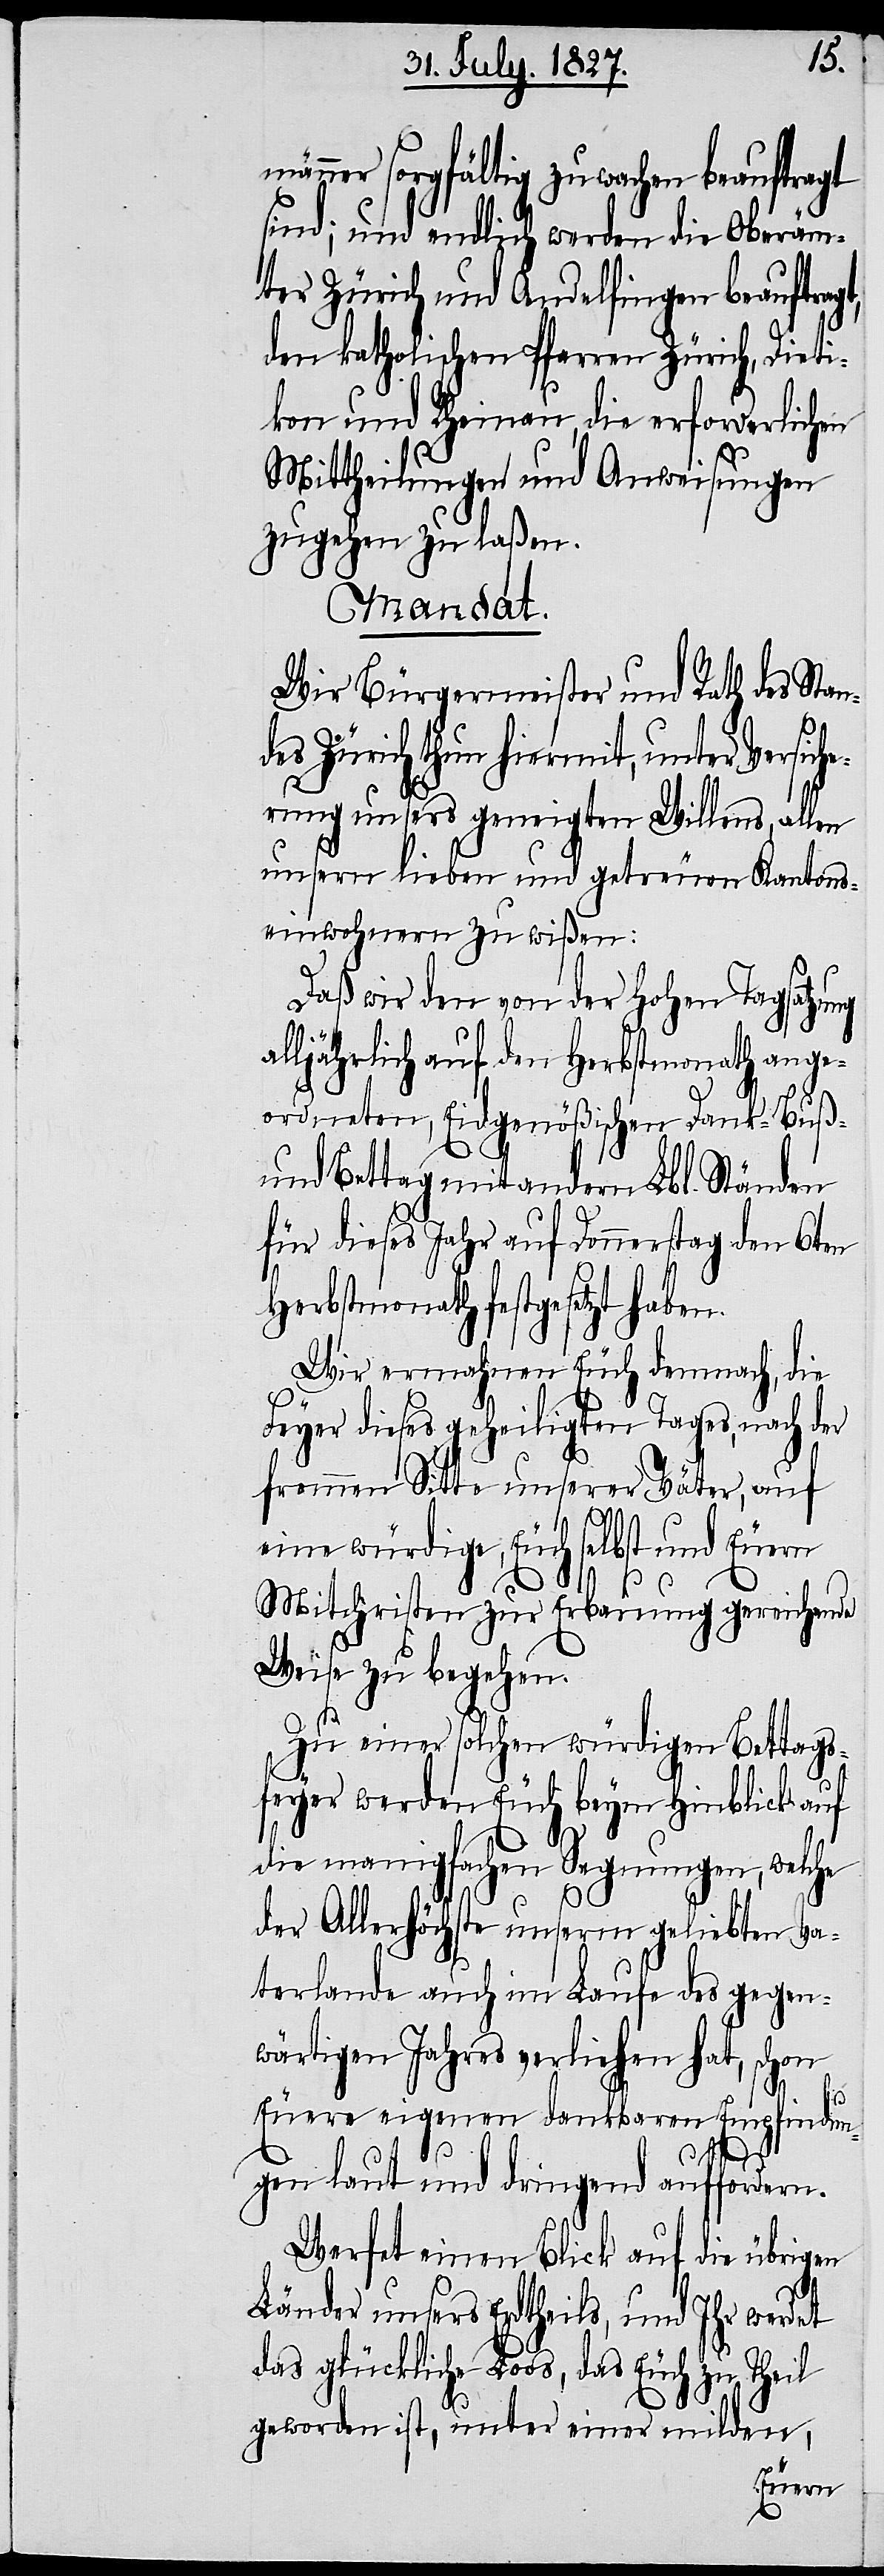
männer sorgfältig zu wachen beauftragt
sind; und endlich werden die Oberäm¬
ter Zürich und Andelfingen beauftragt,
den katholischen Pfarren Zürich, Dieti¬
kon und Rheinau, die erforderlichen
Mittheilung und Anweisungen
zugehen zu laßen.
Mandat.
Wir Bürgermeister und Rath des Stan¬
des Zürich thun hiermit, unter Versich¬
erung unsers geneigten Willens, allen
unsern lieben und getreuen Kantons¬
einwohnern zu wißen:
Daß wir den von der Hohen Tagsatzung
alljährlich auf den Herbstmonath ange¬
ordneten, Eidgenößischen Dank- Buß-
und Bettag mit andern Lbl. Ständen
für dieses Jahr auf Donnerstag den 6ten
Herbstmonath festgesetzt haben.
Wir ermahnen Euch demnach, die
Feyer dieses geheiligten Tages, nach der
frommen Sitte unserer Väter, auf
eine würdige, Euch selbst und Euern
Mitchristen zur Erbauung gereichende
Weise zu begehren.
Zu einer solchen würdigen Bettags¬
feyer werden Euch beym Hinblick auf
die manigfachen Segnungen, welche
der Allerhöchste unserm geliebten Va¬
terlande auch im Laufe des gegen¬
wärtigen Jahres verliehen hat, schon
Euere eigenen dankbaren Empfindun¬
gen laut und dringend auffordern.
Werfet einen Blick auf die übrigen
Länder unsers Erdtheils, und Ihr werdet
das glückliche Loos, das Euch zu Theil
geworden ist, unter einer milden,